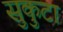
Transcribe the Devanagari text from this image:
सुकुटा